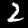
Label: 2